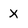
Character: x